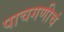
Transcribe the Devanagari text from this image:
पाचगणीचं